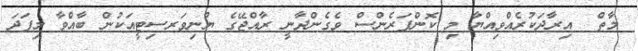
މާތް  އިރާދަކުރެއްވިއްޔާ މި ކޮންފަރެންސް ވެގެންދާނީ ރާއްޖޭގެ ޔުނިވަރސިޓީއަކުން ބާއްވާ މިފަދަ